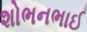
શોભનભાઈ